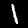
Digit: 1